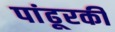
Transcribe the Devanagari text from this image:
पांढूरकी